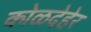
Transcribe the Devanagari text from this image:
कोळदेहेर